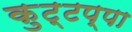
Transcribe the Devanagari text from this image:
कुट्टप्पा